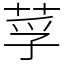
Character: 莩